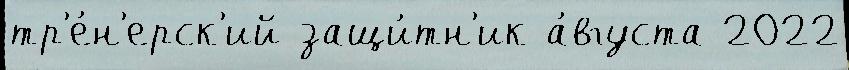
тр'е́н'ерск'ий защи́тн'ик а́вгуста 2022